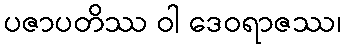
ပဇာပတိဿ ဝါ ဒေဝရာဇဿ၊